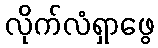
လိုက်လံရှာဖွေ